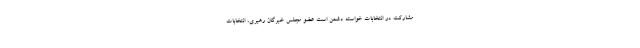
مشارکت در انتخابات خواسته دشمن است عضو مجلس خبرگان رهبری، انتخابات